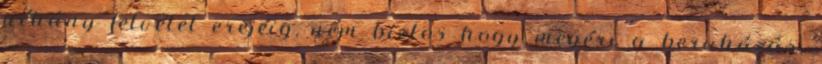
néhány felvétel erejéig, nem biztos hogy megéri a beruházás.